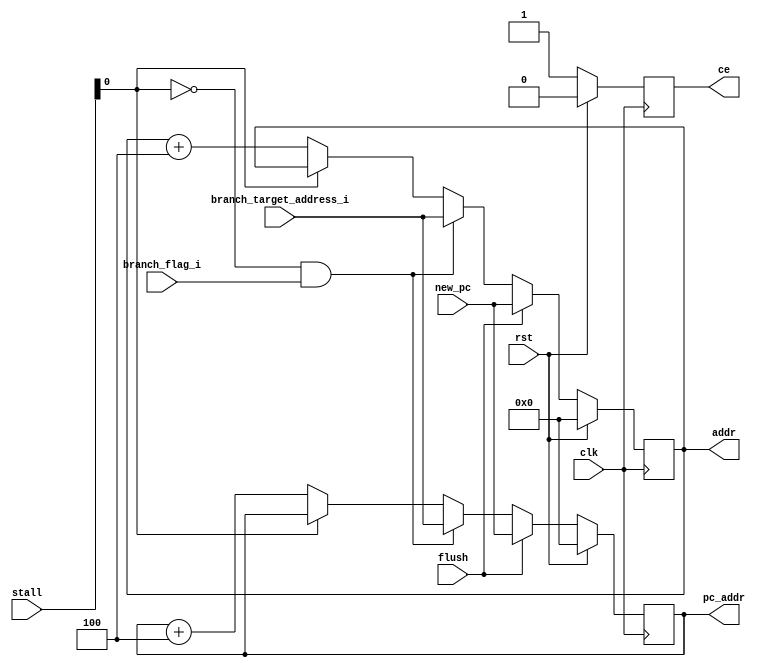
`timescale 1ns / 1ps
//////////////////////////////////////////////////////////////////////////////////
// Company: 
// Engineer: 
// 
// Design Name: 
// Module Name:    PC 
// Project Name: 
// Target Devices: 
// Tool versions: 
// Description: 
//
// Dependencies: 
//
// Revision: 
// Revision 0.01 - File Created
// Additional Comments: 
//
//////////////////////////////////////////////////////////////////////////////////



module PC(
output reg [31:0]pc_addr,
output reg [31:0]addr,
/////
input flush,
input [31:0] new_pc,
/////
input clk,
input rst,
input [5:0] stall,
input branch_flag_i,
input [31:0] branch_target_address_i,

output reg ce
);
always@(posedge clk )begin
if(rst) begin
	 ce <= 0;
	     end
else begin
    ce <= 1;
	  end
end 

always@(posedge clk)begin
if(rst)begin
     pc_addr <= 32'b00000000000000000000000000000000;
	  addr <= 32'b00000000000000000000000000000000;
	        end
else if(flush == 1'b1) begin
    pc_addr <= new_pc;
	 addr <= new_pc;
	 end
else if(stall[0] == 0 && branch_flag_i == 1) begin
    pc_addr <= branch_target_address_i;
	 addr <= branch_target_address_i;
	        end
			  
else if(stall[0] == 0)begin
    pc_addr <= pc_addr + 4;
	 addr <= addr+4;
	        end
	 
end 


endmodule